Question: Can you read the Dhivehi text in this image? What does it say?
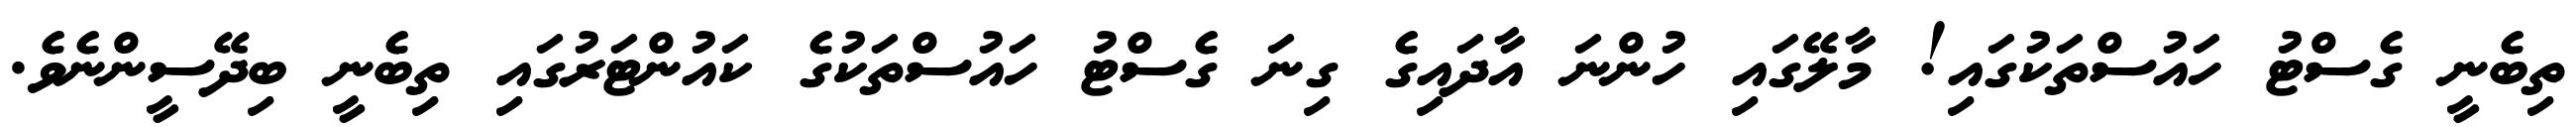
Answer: ތިބެނީ ގެސްޓު ހައުސްތަކުގައި! މާލޭގައި ހުންނަ އާދައިގެ ގިނަ ގެސްޓު ހައުސްތަކުގެ ކައުންޓަރުގައި ތިބެނީ ބިދޭސީންނެވެ.